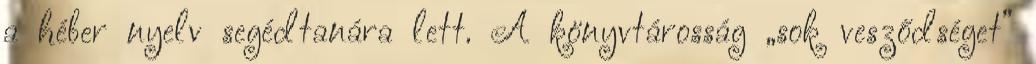
a héber nyelv segédtanára lett. A könyvtárosság „sok vesződséget”